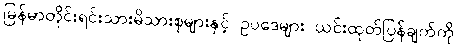
မြန်မာတိုင်းရင်းသားမိသားစုများနှင့် ဥပဒေများ ယင်းထုတ်ပြန်ချက်ကို